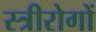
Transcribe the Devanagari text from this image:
स्त्रीरोगों